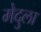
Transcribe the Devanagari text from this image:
मेदुला